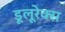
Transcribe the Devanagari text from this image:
डूलूरेक्स